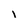
Character: i